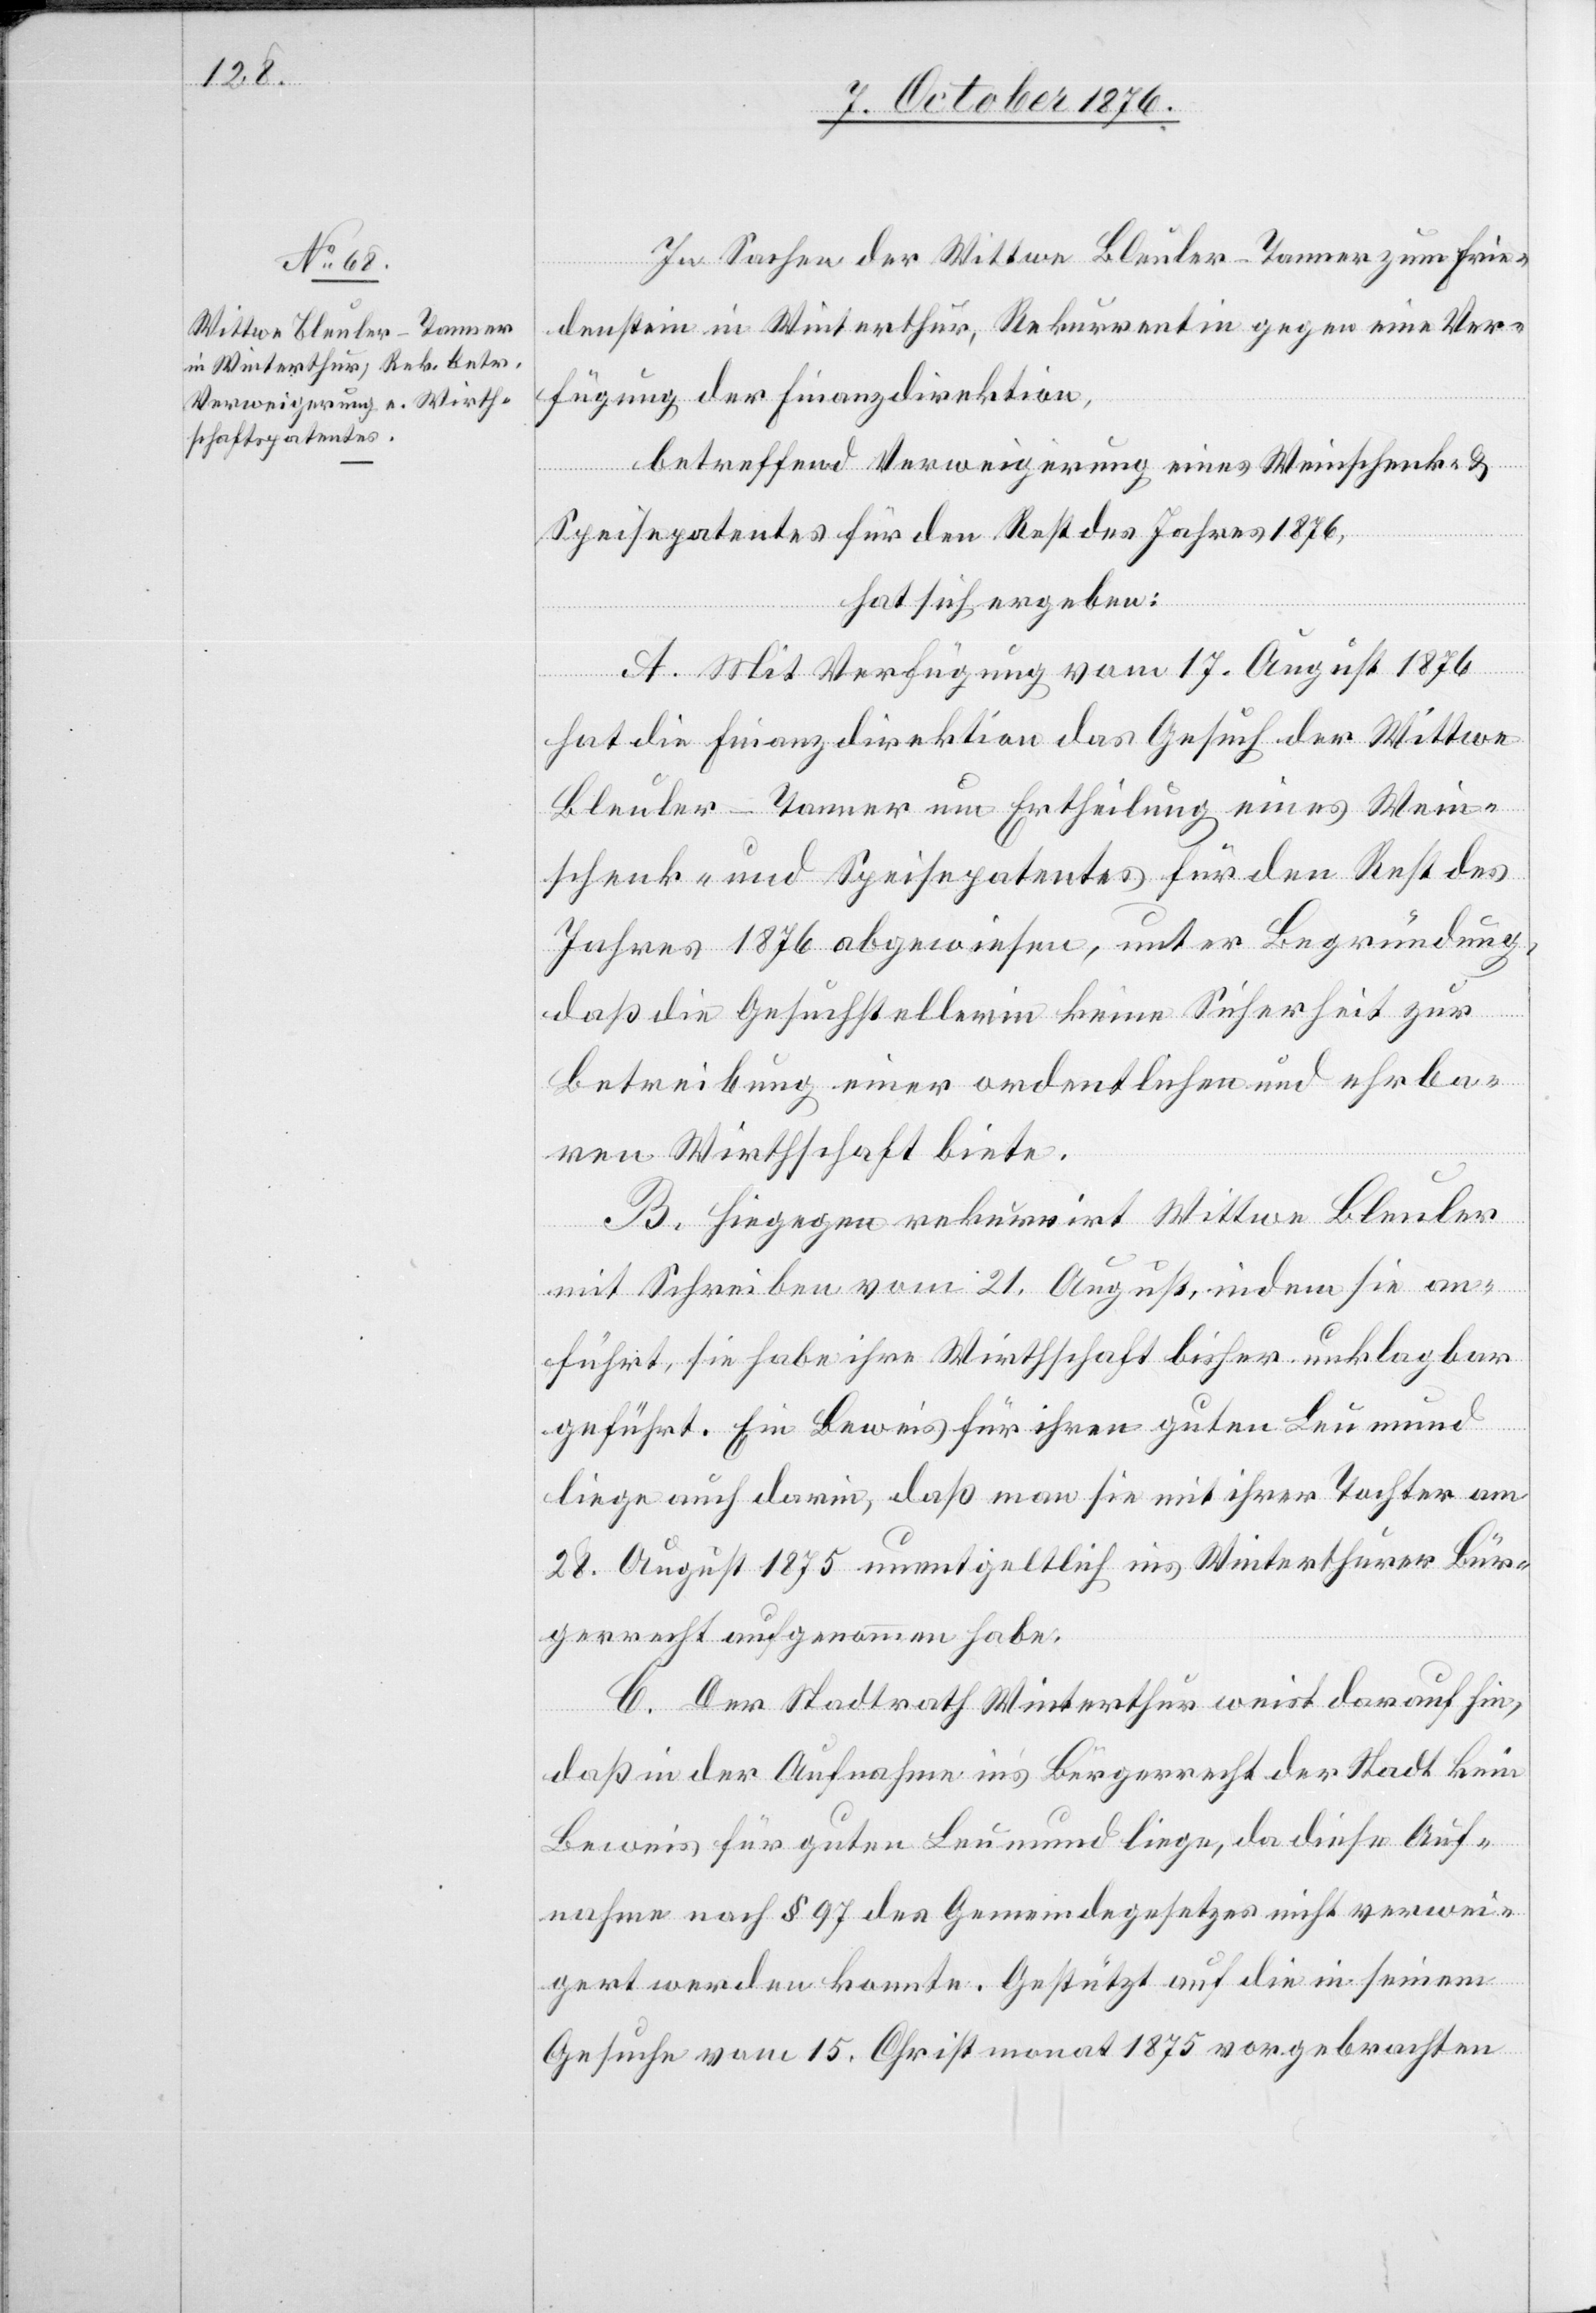
In Sachen der Wittwe Bleuler-Tanner zum Frie¬
denstein in Winterthur, Rekurrentin gegen eine Ver¬
fügung der Finanzdirektion,
betreffend Verweigerung eines Weinschenk- &
Speisepatentes für den Rest des Jahres 1876,
hat sich ergeben:
A. Mit Verfügung vom 17. August 1876
hat die Finanzdirektion das Gesuch der Wittwe
Bleuler-Tanner um Ertheilung eines Wein¬
schenk- und Speisepatentes für den Rest des
Jahres 1876 abgewiesen, unter Begründung,
daß die Gesuchstellerin keine Sicherheit zur
Betreibung einer ordentlichen und ehrba¬
ren Wirthschaft biete.
B. Hiegegen rekurrirt Wittwe Bleuler
mit Schreiben vom 21. August, indem sie an¬
führt, sie habe ihre Wirthschaft bisher unklagbar
geführt. Ein Beweis für ihren guten Leumund
liege auch darin, daß man sie mit ihrer Tochter am
28. August 1875 unentgeltlich ins Winterthurer Bür¬
gerrecht aufgenommen habe.
C. Der Stadtrath Winterthur weist darauf hin,
daß in der Aufnahme in’s Bürgerrecht der Stadt kein
Beweis für guten Leumund liege, da diese Auf¬
nahme nach § 97 des Gemeindegesetzes nicht verwei¬
gert werden konnte. Gestützt auf die in seinem
Gesuche vom 15. Christmonat 1875 vorgelegten